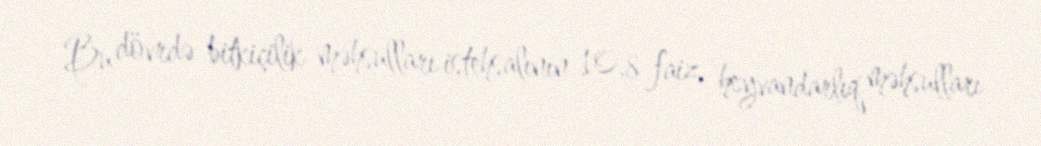
Bu dövrdə bitkiçilik məhsulları istehsalının 10,8 faiz, heyvandarlıq məhsulları